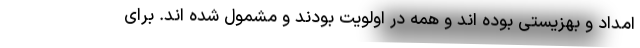
امداد و بهزیستی بوده اند و همه در اولویت بودند و مشمول شده اند. برای